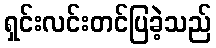
ရှင်းလင်းတင်ပြခဲ့သည်